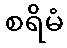
စရိမံ